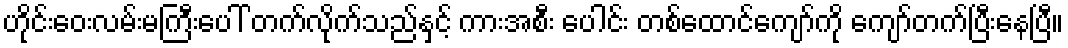
ဟိုင်းဝေးလမ်းမကြီးပေါ် တက်လိုက်သည်နှင့် ကားအစီး ပေါင်း တစ်ထောင်ကျော်ကို ကျော်တက်ပြီးနေပြီ။